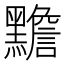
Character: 黵